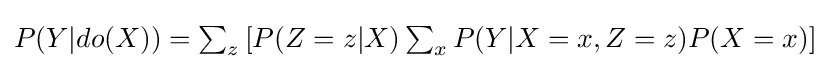
P(Y|do(X))=\textstyle \sum _{z}\left[\displaystyle P(Z=z|X)\textstyle \sum _{x}\displaystyle P(Y|X=x,Z=z)P(X=x)\right]